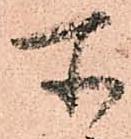
所